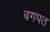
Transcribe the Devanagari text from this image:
बगपत